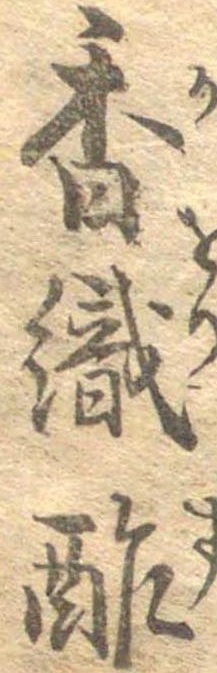
香織酢